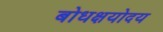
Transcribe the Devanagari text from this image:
बोधक्षयोदय